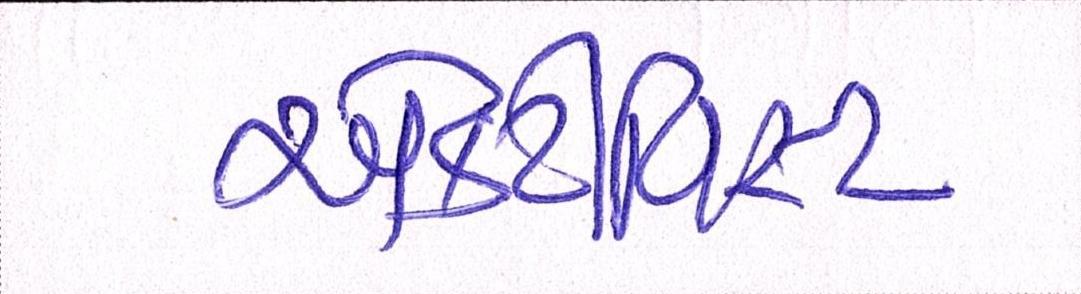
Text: એક્ટીવિસ્ટ